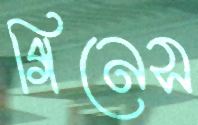
গিনেস